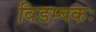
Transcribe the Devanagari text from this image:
विडम्बकः